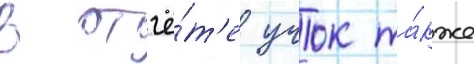
В отчё́т'е учок та́кже